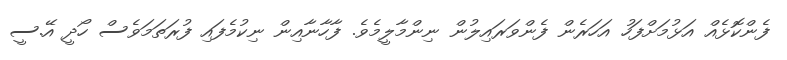
ފެންކޮޅެއް އަޅުމަށްފަހު އަހަރެން ފެންވަރައިލުން ނިންމާލީމެވެ. ފާހާނާއިން ނިކުމެފައި ފުރަތަމަވެސް ހޯދީ އޭ.ސީ